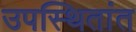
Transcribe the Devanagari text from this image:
उपस्थितांत